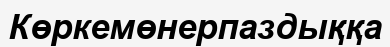
Көркемөнерпаздыққа